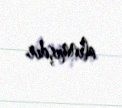
alınmışdır.